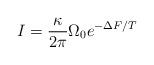
LaTeX: \begin{align*}I = \frac{\kappa}{2\pi} \Omega_0 e^{-\Delta F/T}\end{align*}